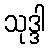
သုဒ္ဒါ